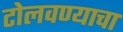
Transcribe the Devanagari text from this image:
टोलवण्याचा